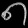
Digit: ၈